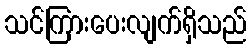
သင်ကြားပေးလျက်ရှိသည်